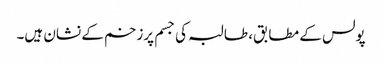
پولس کے مطابق، طالبہ کی جسم پرزخم کے نشان ہیں۔